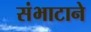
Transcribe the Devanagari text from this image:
संभाटाने